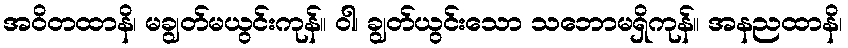
အဝိတထာနိ၊ မချွတ်မယွင်းကုန်။ ဝါ၊ ချွတ်ယွင်းသော သဘောမရှိကုန်။ အနညထာနိ၊